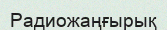
Радиожаңғырық